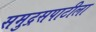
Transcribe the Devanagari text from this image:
समुद्रसपाटीला